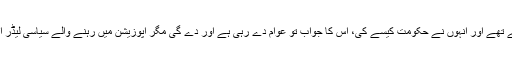
جب سے حکومت برسرِ اقتدار آئی ہے تمام سیاسی جماعتیں جو گزشتہ30 سال سے اس ملک پر حکومت کررہے تھے اور انہوں نے حکومت کیسے کی، اس کا جواب تو عوام دے رہی ہے اور دے گی مگر اپوزیشن میں رہنے والے سیاسی لیڈر ایک ہی بات پر کانوں میں رس گھولتی آواز کا ورد کررہے ہیں کہ پاکستان تحریکِ انصاف کا مینڈیٹ جعلی ہے۔